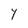
Character: y